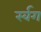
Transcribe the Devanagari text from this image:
र्स्वग